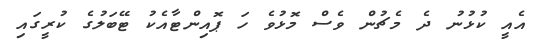
އެއީ ކުޅުނު ދެ މެޗުން ވެސް މޮޅުވެ ހަ ޕޮއިންޓާއެކު ޓޭބަލުގެ ކުރީގައި